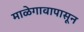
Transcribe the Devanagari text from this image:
माळेगावापासून